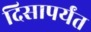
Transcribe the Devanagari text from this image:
दिसापर्यंत